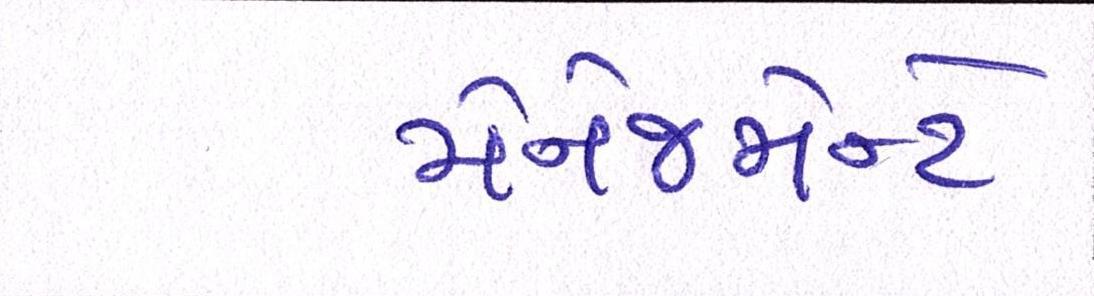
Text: મેનેજમેન્ટે